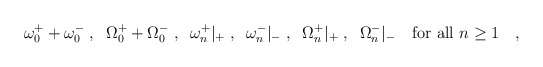
\begin{align*}\omega_0^{+}+\omega_0^{-}\;, \;\;\Omega_0^{+}+\Omega_0^{-}\;,\;\;\omega_n^{+}|_{+} \;, \;\; \omega_n^{-}|_{-} \; , \;\;\Omega_n^{+}|_{+} \;, \;\; \Omega_n^{-}|_{-}\quad \mbox{for all }n\geq 1 \quad , \end{align*}